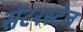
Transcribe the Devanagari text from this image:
सेंटरस्टेज